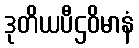
ဒုတိယပီဌဝိမာနံ